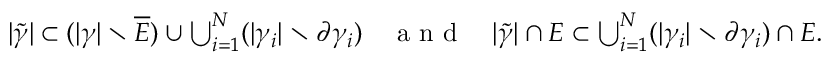
\begin{array} { r } { | \widetilde \gamma | \subset ( | \gamma | \setminus \overline { E } ) \cup \bigcup _ { i = 1 } ^ { N } ( | \gamma _ { i } | \setminus \partial \gamma _ { i } ) \quad \textrm { a n d } \quad | \widetilde \gamma | \cap E \subset \bigcup _ { i = 1 } ^ { N } ( | \gamma _ { i } | \setminus \partial \gamma _ { i } ) \cap E . } \end{array}